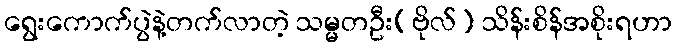
ရွေးကောက်ပွဲနဲ့တက်လာတဲ့ သမ္မတဦး(ဗိုလ်) သိန်းစိန်အစိုးရဟာ